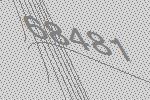
68481